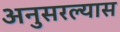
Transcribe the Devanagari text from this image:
अनुसरल्यास